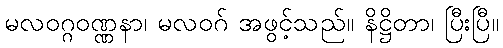
မလဝဂ္ဂဝဏ္ဏနာ၊ မလဝဂ် အဖွင့်သည်။ နိဋ္ဌိတာ၊ ပြီးပြီ။